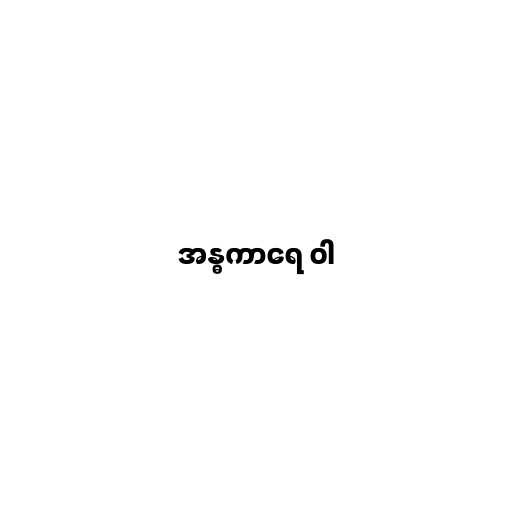
အန္ဓကာရေ ဝါ